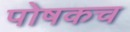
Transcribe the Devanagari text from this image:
पोषकच